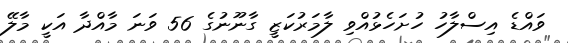
ވައްޑެ އިސްލާހު ހުށަހެޅުއްވި ލާމަރުކަޒީ ގާނޫނުގެ 56 ވަނަ މާއްދާ އަކީ މާލޭ